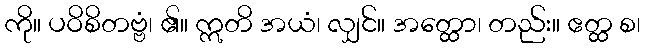
ကို။ ပဝိစိတဗ္ဗံ၊ ၏။ ဣတိ အယံ၊ လျှင်။ အတ္ထော၊ တည်း။ ဧတ္ထ စ၊